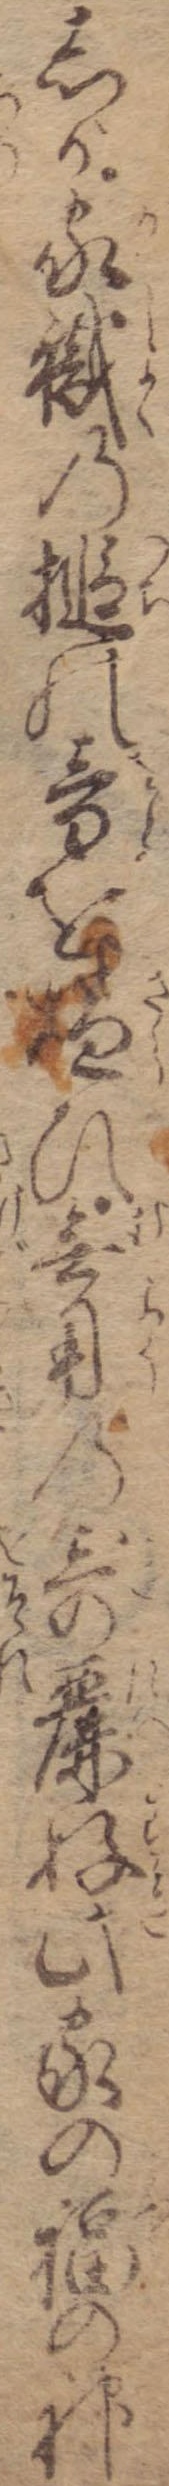
しが家職の槌の音を嫌ひ無用の奇麗好此家の福の神